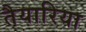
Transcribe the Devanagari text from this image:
तैयारिया